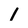
Character: 1